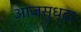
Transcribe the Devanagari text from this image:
आजसुध्दा